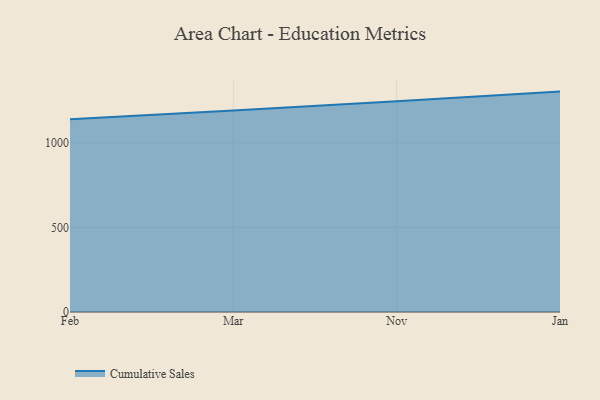
{"axis": {"x": "Month", "y": "Conversion Rate (%)"}, "legend": ["Cumulative Sales"], "data": [{"x": "Feb", "y": 1139.8, "type": "Cumulative Sales"}, {"x": "Mar", "y": 1190.3, "type": "Cumulative Sales"}, {"x": "Nov", "y": 1245.3, "type": "Cumulative Sales"}, {"x": "Jan", "y": 1302.7, "type": "Cumulative Sales"}]}